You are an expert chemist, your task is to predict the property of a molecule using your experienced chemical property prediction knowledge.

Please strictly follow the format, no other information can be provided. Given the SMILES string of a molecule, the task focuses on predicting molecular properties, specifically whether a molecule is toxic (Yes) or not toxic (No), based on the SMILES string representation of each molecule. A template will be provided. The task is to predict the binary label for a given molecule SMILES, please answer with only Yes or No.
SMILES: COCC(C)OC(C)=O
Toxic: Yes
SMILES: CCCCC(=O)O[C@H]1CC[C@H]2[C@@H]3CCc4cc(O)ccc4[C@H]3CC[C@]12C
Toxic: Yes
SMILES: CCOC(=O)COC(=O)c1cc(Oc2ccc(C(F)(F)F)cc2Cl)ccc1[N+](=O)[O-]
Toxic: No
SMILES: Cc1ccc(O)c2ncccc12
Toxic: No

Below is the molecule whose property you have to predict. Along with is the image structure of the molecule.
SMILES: O=C(Nc1ccc(S(=O)(=O)N2CCOCC2)cc1)c1cc(Cl)ccc1NS(=O)(=O)c1ccc(Cl)s1
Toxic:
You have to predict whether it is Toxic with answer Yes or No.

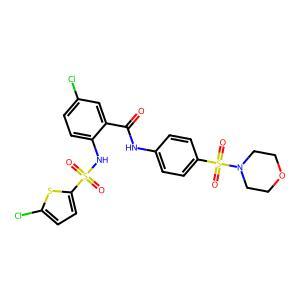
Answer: No